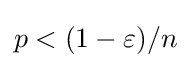
p<(1-\varepsilon )/n